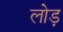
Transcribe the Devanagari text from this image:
लोड़